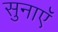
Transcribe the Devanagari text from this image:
सुनाएॅ